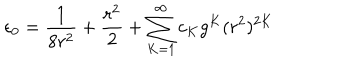
LaTeX: \epsilon _ { 0 } = \frac { 1 } { 8 r ^ { 2 } } + \frac { r ^ { 2 } } { 2 } + \sum _ { K = 1 } ^ { \infty } c _ { K } g ^ { K } ( r ^ { 2 } ) ^ { 2 K }